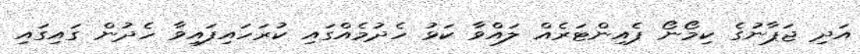
އަދި ޖަޕާނުގެ ކިމޯނޯ ޕެއިންޓަރެއް ލައްވާ ކަޅު ހެދުމެއްގައި ކުރަހައިފައިވާ ހެދުން ގައިގައި